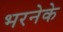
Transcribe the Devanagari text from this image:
भरनेके